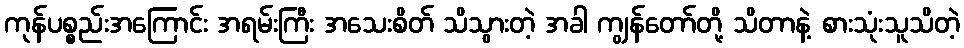
ကုန်ပစ္စည်းအကြောင်း အရမ်းကြီး အသေးစိတ် သိသွားတဲ့ အခါ ကျွန်တော်တို့ သိတာနဲ့ စားသုံးသူသိတဲ့